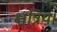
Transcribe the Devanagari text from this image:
क्षत्रिय।